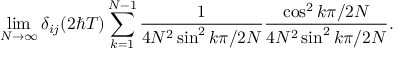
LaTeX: \operatorname * { l i m } _ { N \rightarrow \infty } \delta _ { i j } ( 2 \hbar T ) \sum _ { k = 1 } ^ { N - 1 } \frac { 1 } { 4 N ^ { 2 } \sin ^ { 2 } k \pi / 2 N } \frac { \cos ^ { 2 } k \pi / 2 N } { 4 N ^ { 2 } \sin ^ { 2 } k \pi / 2 N } .